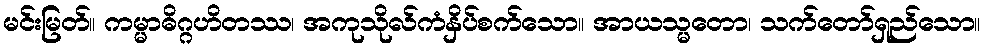
မင်းမြတ်။ ကမ္မာဓိဂ္ဂဟိတဿ၊ အကုသိုလ်ကံနှိပ်စက်သော။ အာယသ္မတော၊ သက်တော်ရှည်သော။